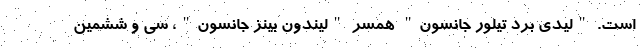
است. "لیدی برد تیلور جانسون" همسر "لیندون بینز جانسون"، سی و ششمین